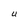
Character: U